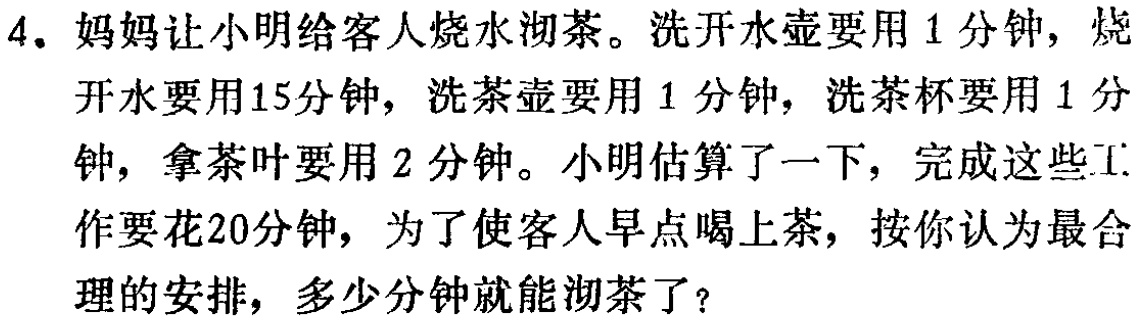
4. 妈妈让小明给客人烧水沏茶。洗开水壶要用 1 分钟，烧开水要用15分钟，洗茶壶要用 1 分钟，洗茶杯要用 1 分钟，拿茶叶要用 2 分钟。小明估算了一下，完成这些工作要花20分钟，为了使客人早点喝上茶，按你认为最合理的安排，多少分钟就能沏茶了？